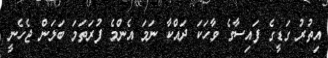
އިތުރު ގަޑީގެ ފައިސާގެ ވާހަކަ ދައްކާ ނަމަ އެންމެ ފުރަތަމަ ބަލަން ޖެހެނީ